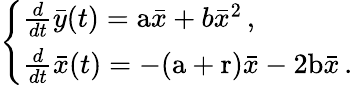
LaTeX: \left\{ \begin{array}{ll}{\frac{d}{dt}\bar{y}(t)=\mathrm{a}\bar{x}+b\bar{x}^{2}\, ,}\\ {\frac{d}{dt}\bar{x}(t)=-(\mathrm{a}+\mathrm{r})\bar{x}-2\mathrm{b}\bar{x}\, .}\end{array}\right.